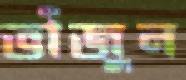
ভাঁজুন